Vaccination Hyderabad 1872-1889 - 1872-1889
Year: 1872
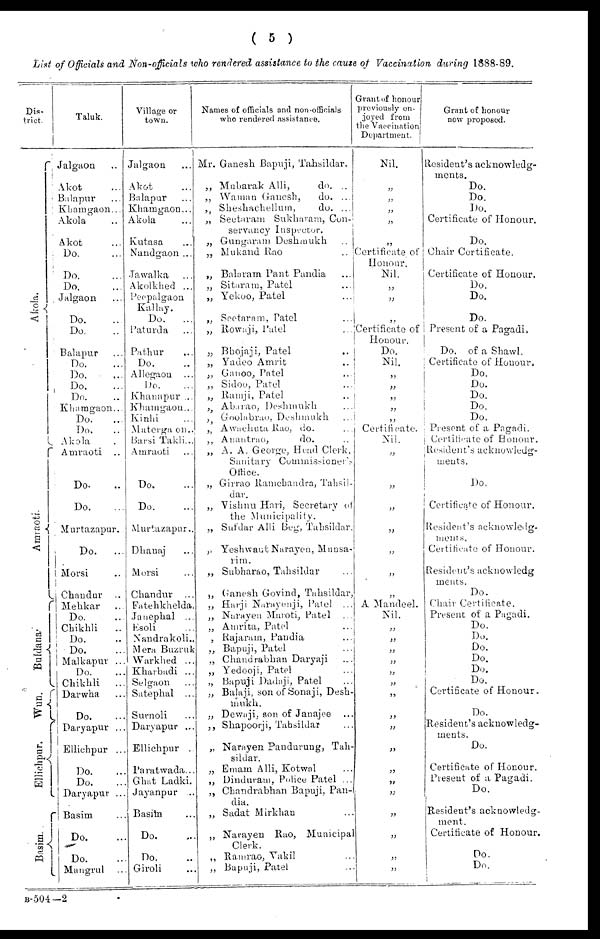
( 5 )
List of Officials and Non-officials who rendered assistance to the cause of Vaccination during 1888-89.
Dis-
trict.
Akola.
Amraoti.
Buldana
Wun.
Ellichpur.
Basim. .
Taluk.
Jalgaon ..
Akot ...
Balapur
Khamgaon...
Akola ...
Akot ...
Do. ...
Do. ...
Do. ...
Jalgaon
Do. ...
Do. ...
Balapur ...
Do. ...
Do. ...
Do. ...
Do. ...
Khamgaon...
Do. ...
Do. ...
Akola .
Amraoti ..
Do. ...
Do. ...
Murtazapur.
Do.
...
Morsi ...
Chaudur ...
Mehkar ...
Do. ...
Chikhli
..
Do. ...
Do. ...
Malkapur ...
Do. ...
Chikhli
...
Darwha ...
Do. ...
Daryapur ...
Ellichpur ...
Do. ...
Do. ...
Daryapur ...
Basim ...
Do. ...
Do. ...
Mangrul ...
Village or
town.
Jalgaon ...
Akot ...
Balapur ...
Khaingaon...
Akola ...
Kutasa ...
Nandgaon ...
Jawalka ...
Akolkhed ...
Peepalgaon
Kallay.
Do.
...
Paturda ...
Pathur ...
Do.
Allegaon
Do.
Khanapur ...
Khamgaon...
Kinhi ...
Materga on..
Barsi Takli...
Amraoti ...
Do. ...
Do. ...
Murtazapur..
Dhanaj ...
Morsi ...
Chandur ...
Fatehkhelda.
Janephal ...
Esoli ...
Nandrakoli..
Mera Buzruk
Warkhed ...
Kharbadi ...
Selgaon ...
Satephal ...
Surnoli ...
Daryapur ...
Ellichpur ..
Paratwada...
Ghat Ladki.
Jayanpur ...
Basim ...
Do. ...
Do. ...
Giroli ...
Names of officials and non-officials
who rendered assistance.
Mr. Ganesh Bapuji, Tahsildar.
„ Mubarak Alli,
do. ..
„ Waman Ganesh,
do. ...
„ Sheshachellum,
do. ...
„ Seetaram Sukharam, Con-
servancy Inspector.
„ Gungaram Deshmukh ...
„ Mukand Rao ...
„ Balaram Pant Pandia ...
„ Sitaram, Patel ...
„ Yekoo, Patel ...
„ Seetaram, Patel ...
„ Rowaji, Patel ...
„ Bhojaji, Patel ...
„ Yadeo Amrit ...
„ Ganoo, Patel ...
„ Sidoo, Patel ...
„ Ramji, Patel ...
Abarao, Deshmukh ...
„ Gnolabrao, Deshmukh ...
„ Awachuta Rao, do. ...
„ Anantrao,
do.
„ A. A. George, Head Clerk,
Sanitary Commissioner's
Office.
„ Girrao Ranicbandra, Tahsil¬
dar.
„ Vishnu Hari, Secretary of
the Municipality.
„ Sufdar Alli Beg, Tahsildar.
„ Yeshwant Narayen, Munsa¬
rim.
„ Subharao, Tahsildar
„ Ganesh Govind, Tahsildar,
„ Harji Narayenji, Patel ...
„ Narayen Maroti, Patel ...
„ Atnrita, Patel ...
, Rajaram, Pandia ...
„ Bapuji, Patel ...
„ Chandrabhan Daryaji ...
„ Yedooji, Patel ...
„ Bapuji Dadaji, Patel ...
„ Balaji, son of Sonaji, Desh-
mukh.
„ Dewaji, son of Janajee ...
„ Shapoorji, Tahsildar ...
„ Narayen Pandurung, Tah-
sildar.
„ Emam Alli, Kotwal
„ Dinduram, Police Patel ...
„ Chandrabhan Bapuji, Pan-
dia.
„ Sadat Mirkhan ...
„ Narayen Rao, Municipal
Clerk.
„ Ramrao, Vakil
„ Bapuji, Patel ...
Grant of honour
previously en-
joyed from
the Vaccination
Department.
Nil.
„
„
„
„
„
Certificate of
Honour.
Nil.
„
„
„
Certificate of
Honour.
Do.
Nil.
„
„
„
„
„ Certificate.
Nil.
„
„
„
„
„
„
„
A Mandeel.
Nil.
„
„
„
„
„
„
„
„
„
„
„
„
„
„
„
„
„
Grant of honour
now proposed.
Resident's acknowledg-
ments.
Do.
Do.
Do.
Certificate of Honour.
Do.
Chair Certificate.
Certificate of Honour.
Do.
Do.
Do.
Present of a Pagadi.
Do. of a Shawl.
Certificate of Honour.
Do.
Do.
Do.
Do.
Do.
Present of a Pagadi.
Certificate of Honour.
Resident's acknowledg-
ments.
Do.
Certificate of Honour.
Resident's acknowledg¬
ments.
Certificate of Honour.
Resident's acknowledg
ments.
Do.
Chair Certificate.
Present of a Pagadi.
Do.
Do.
Do.
Do.
Do.
Do.
Certificate of Honour.
Do.
Resident's acknowledg-
ments.
Do.
Certificate of Honour.
Present of a Pagadi.
Do.
Resident's acknowledg-
ment.
Certificate of Honour.
Do.
Do.
B-504—2